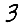
Digit: 3